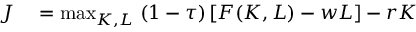
\begin{array} { r l } { J } & { { } = \operatorname* { m a x } _ { K , L } \; ( 1 - \tau ) \left[ F ( K , L ) - w L \right] - r K } \end{array}